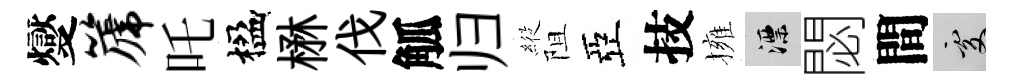
燮篪吒楹楙伐觚归𦂵阻亞技擁漂閟間處